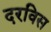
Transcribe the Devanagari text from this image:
दरविस